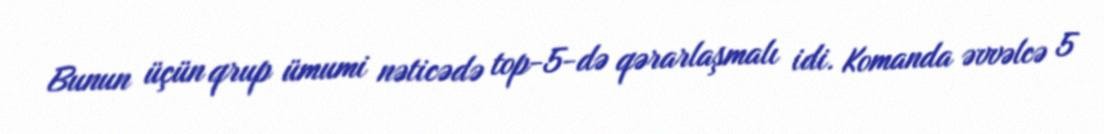
Bunun üçün qrup ümumi nəticədə top-5-də qərarlaşmalı idi. Komanda əvvəlcə 5